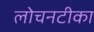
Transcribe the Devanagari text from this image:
लोचनटीका